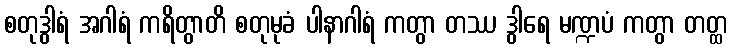
စတုဒွါရံ အဂါရံ ကရိတွာတိ စတုမုခံ ပါနာဂါရံ ကတွာ တဿ ဒွါရေ မဏ္ဍပံ ကတွာ တတ္ထ